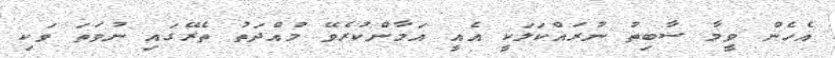
އެހެން ވީމާ ސާބިތު ނުރައްކަލަކީ އެއީ އަމާންކުރެވޭ މުއްދަތު ތެރޭގައި ނުވަތަ ވަކި